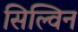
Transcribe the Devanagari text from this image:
सिल्विन